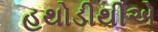
હથોડીથીએ